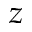
z